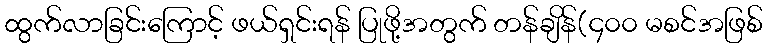
ထွက်လာခြင်းကြောင့် ဖယ်ရှင်းရန် ပြုဖို့အတွက် တန်ချိန်(၄၀၀ မစင်အဖြစ်